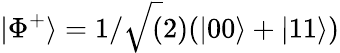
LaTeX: |\Phi^{+}\rangle=1/\sqrt(2)(|00\rangle+|11\rangle)